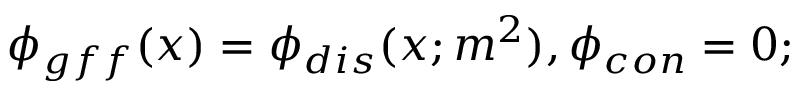
\phi _ { g f f } ( x ) = \phi _ { d i s } ( x ; m ^ { 2 } ) , \phi _ { c o n } = 0 ;